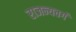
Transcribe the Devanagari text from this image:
राजन्यवर्ग